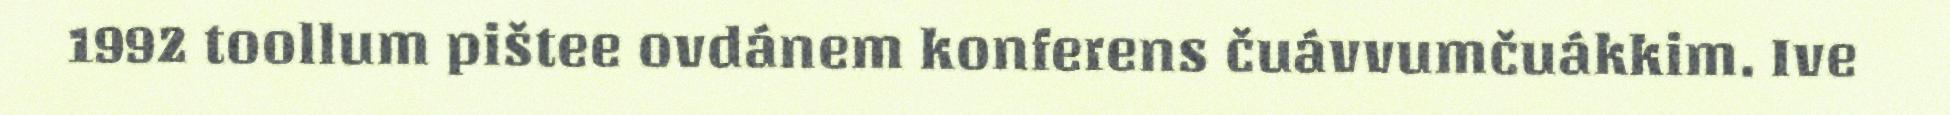
1992 toollum pištee ovdánem konferens čuávvumčuákkim. Ive